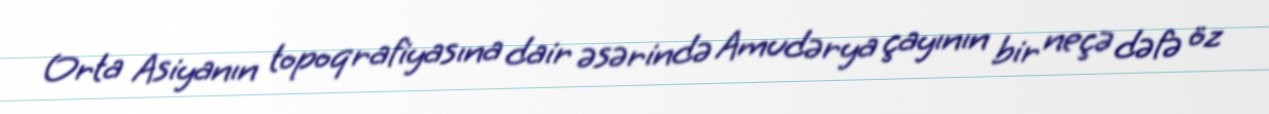
Orta Asiyanın topoqrafiyasına dair əsərində Amudərya çayının bir neçə dəfə öz